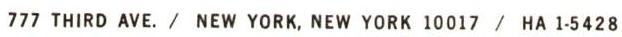
777 THIRD AVE. / NEW YORK,NEW YORK 10017 / HA 1-5428